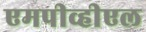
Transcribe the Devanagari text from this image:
एमपीव्हीएल